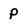
Character: P